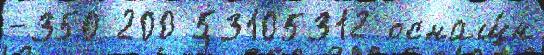
-350 200 53105312 оснащ́н